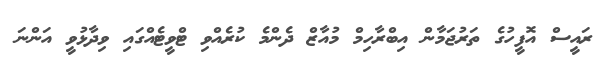
ރައީސް އޮފީހުގެ ތަރުޖަމާން އިބްރާހިމް މުއާޒް ދެންމެ ކުރެއްވި ޓްވީޓެއްގައި ވިދާޅުވީ އަންނަ